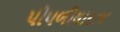
પીપળીયારાજ